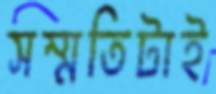
সম্মতিটাই